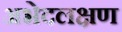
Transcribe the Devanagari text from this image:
अभेदलक्षण